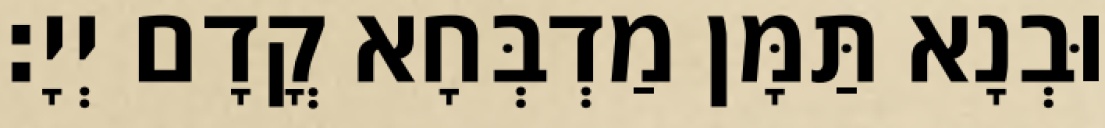
וּבְנָא תַּמָּן מַדְבְּחָא קֳדָם יְיָ׃